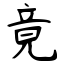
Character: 竟